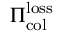
\Pi _ { \mathrm { c o l } } ^ { \mathrm { l o s s } }